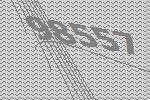
98557